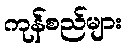
ကုန်စည်များ